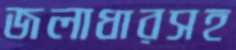
জলাধারসহ